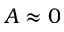
A \approx 0